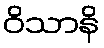
ဝိသာနိ